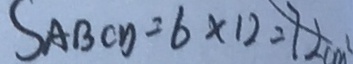
S _ { A B C D } = 6 \times 1 2 = 7 2 c m ^ { 2 }